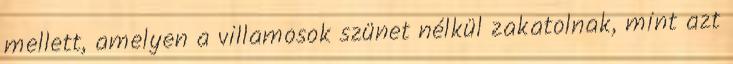
mellett, amelyen a villamosok szünet nélkül zakatolnak, mint azt